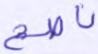
ناصح